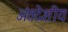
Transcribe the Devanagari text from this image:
अंतदेशीय